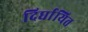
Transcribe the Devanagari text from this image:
दिर्घायित